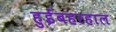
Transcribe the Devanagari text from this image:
हुईंबहरहाल